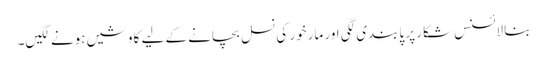
بنا لائسنس شکار پر پابندی لگی اور مارخور کی نسل بچانے کے لیے کاوشیں ہونے لگیں۔